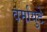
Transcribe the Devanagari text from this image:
वर्मायुटे